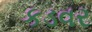
કડવર